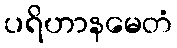
ပရိဟာနမေတံ